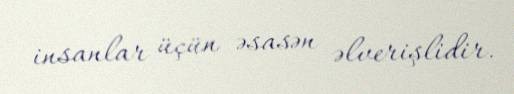
insanlar üçün əsasən əlverişlidir.